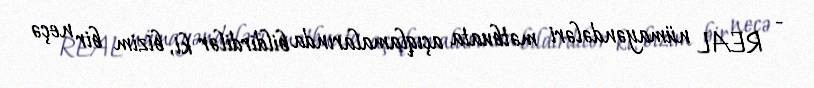
- REAL nümayəndələri mətbuata açıqlamalarında bildirdilər ki, bizim bir neçə